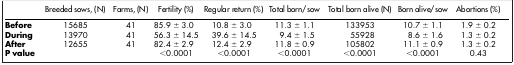
<table><thead><tr><td><b> </b></td><td><b>Breeded sows, (N)</b></td><td><b>Farms, (N)</b></td><td><b>Fertility (%)</b></td><td><b>Regular return (%)</b></td><td><b>Total born/sow</b></td><td><b>Total born alive (N)</b></td><td><b>Born alive/sow</b></td><td><b>Abortions (%)</b></td></tr></thead><tbody><tr><td><b>Before</b></td><td>15685</td><td>41</td><td>85.9 ± 3.0</td><td>10.8 ± 3.0</td><td>11.3 ± 1.1</td><td>133953</td><td>10.7 ± 1.1</td><td>1.9 ± 0.2</td></tr><tr><td><b>During</b></td><td>13970</td><td>41</td><td>56.3 ± 14.5</td><td>39.6 ± 14.5</td><td>9.4 ± 1.5</td><td>55928</td><td>8.6 ± 1.6</td><td>1.3 ± 0.2</td></tr><tr><td><b>After</b></td><td>12655</td><td>41</td><td>82.4 ± 2.9</td><td>12.4 ± 2.9</td><td>11.8 ± 0.9</td><td>105802</td><td>11.1 ± 0.9</td><td>1.3 ± 0.2</td></tr><tr><td><b>P value</b></td><td> </td><td> </td><td>&lt;0.0001</td><td>&lt;0.0001</td><td>&lt;0.0001</td><td>&lt;0.0001</td><td>&lt;0.0001</td><td>0.43</td></tr></tbody></table>